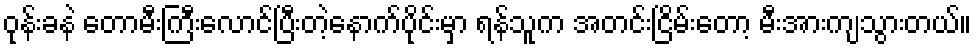
ဝုန်းခနဲ တောမီးကြီးလောင်ပြီးတဲ့နောက်ပိုင်းမှာ ရန်သူက အတင်းငြိမ်းတော့ မီးအားကျသွားတယ်။